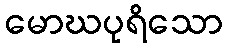
မောဃပုရိသော